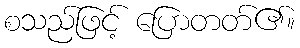
စသည်ဖြင့် ပြောတတ်၏။